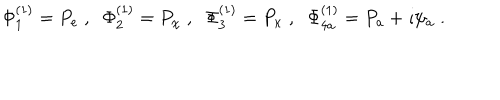
\Phi _ { 1 } ^ { ( 1 ) } = P _ { e } \; , \; \; \Phi _ { 2 } ^ { ( 1 ) } = P _ { \chi } \; , \; \; \Phi _ { 3 } ^ { ( 1 ) } = P _ { \kappa } \; , \; \; \Phi _ { 4 a } ^ { ( 1 ) } = P _ { a } + \imath \psi _ { a } \; .